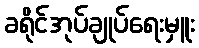
ခရိုင်အုပ်ချုပ်ရေးမှူး